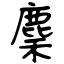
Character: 麇